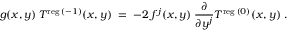
g ( x , y ) \: T ^ { \mathrm { \scriptsize { r e g } } \: ( - 1 ) } ( x , y ) \; = \; - 2 \: f ^ { j } ( x , y ) \: \frac { \partial } { \partial y ^ { j } } T ^ { \mathrm { \scriptsize { r e g } } \: ( 0 ) } ( x , y ) \; .